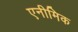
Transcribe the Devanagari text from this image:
एनीमिक